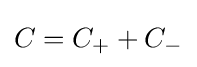
C=C_{+}+C_{-}